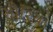
સૌરિયા